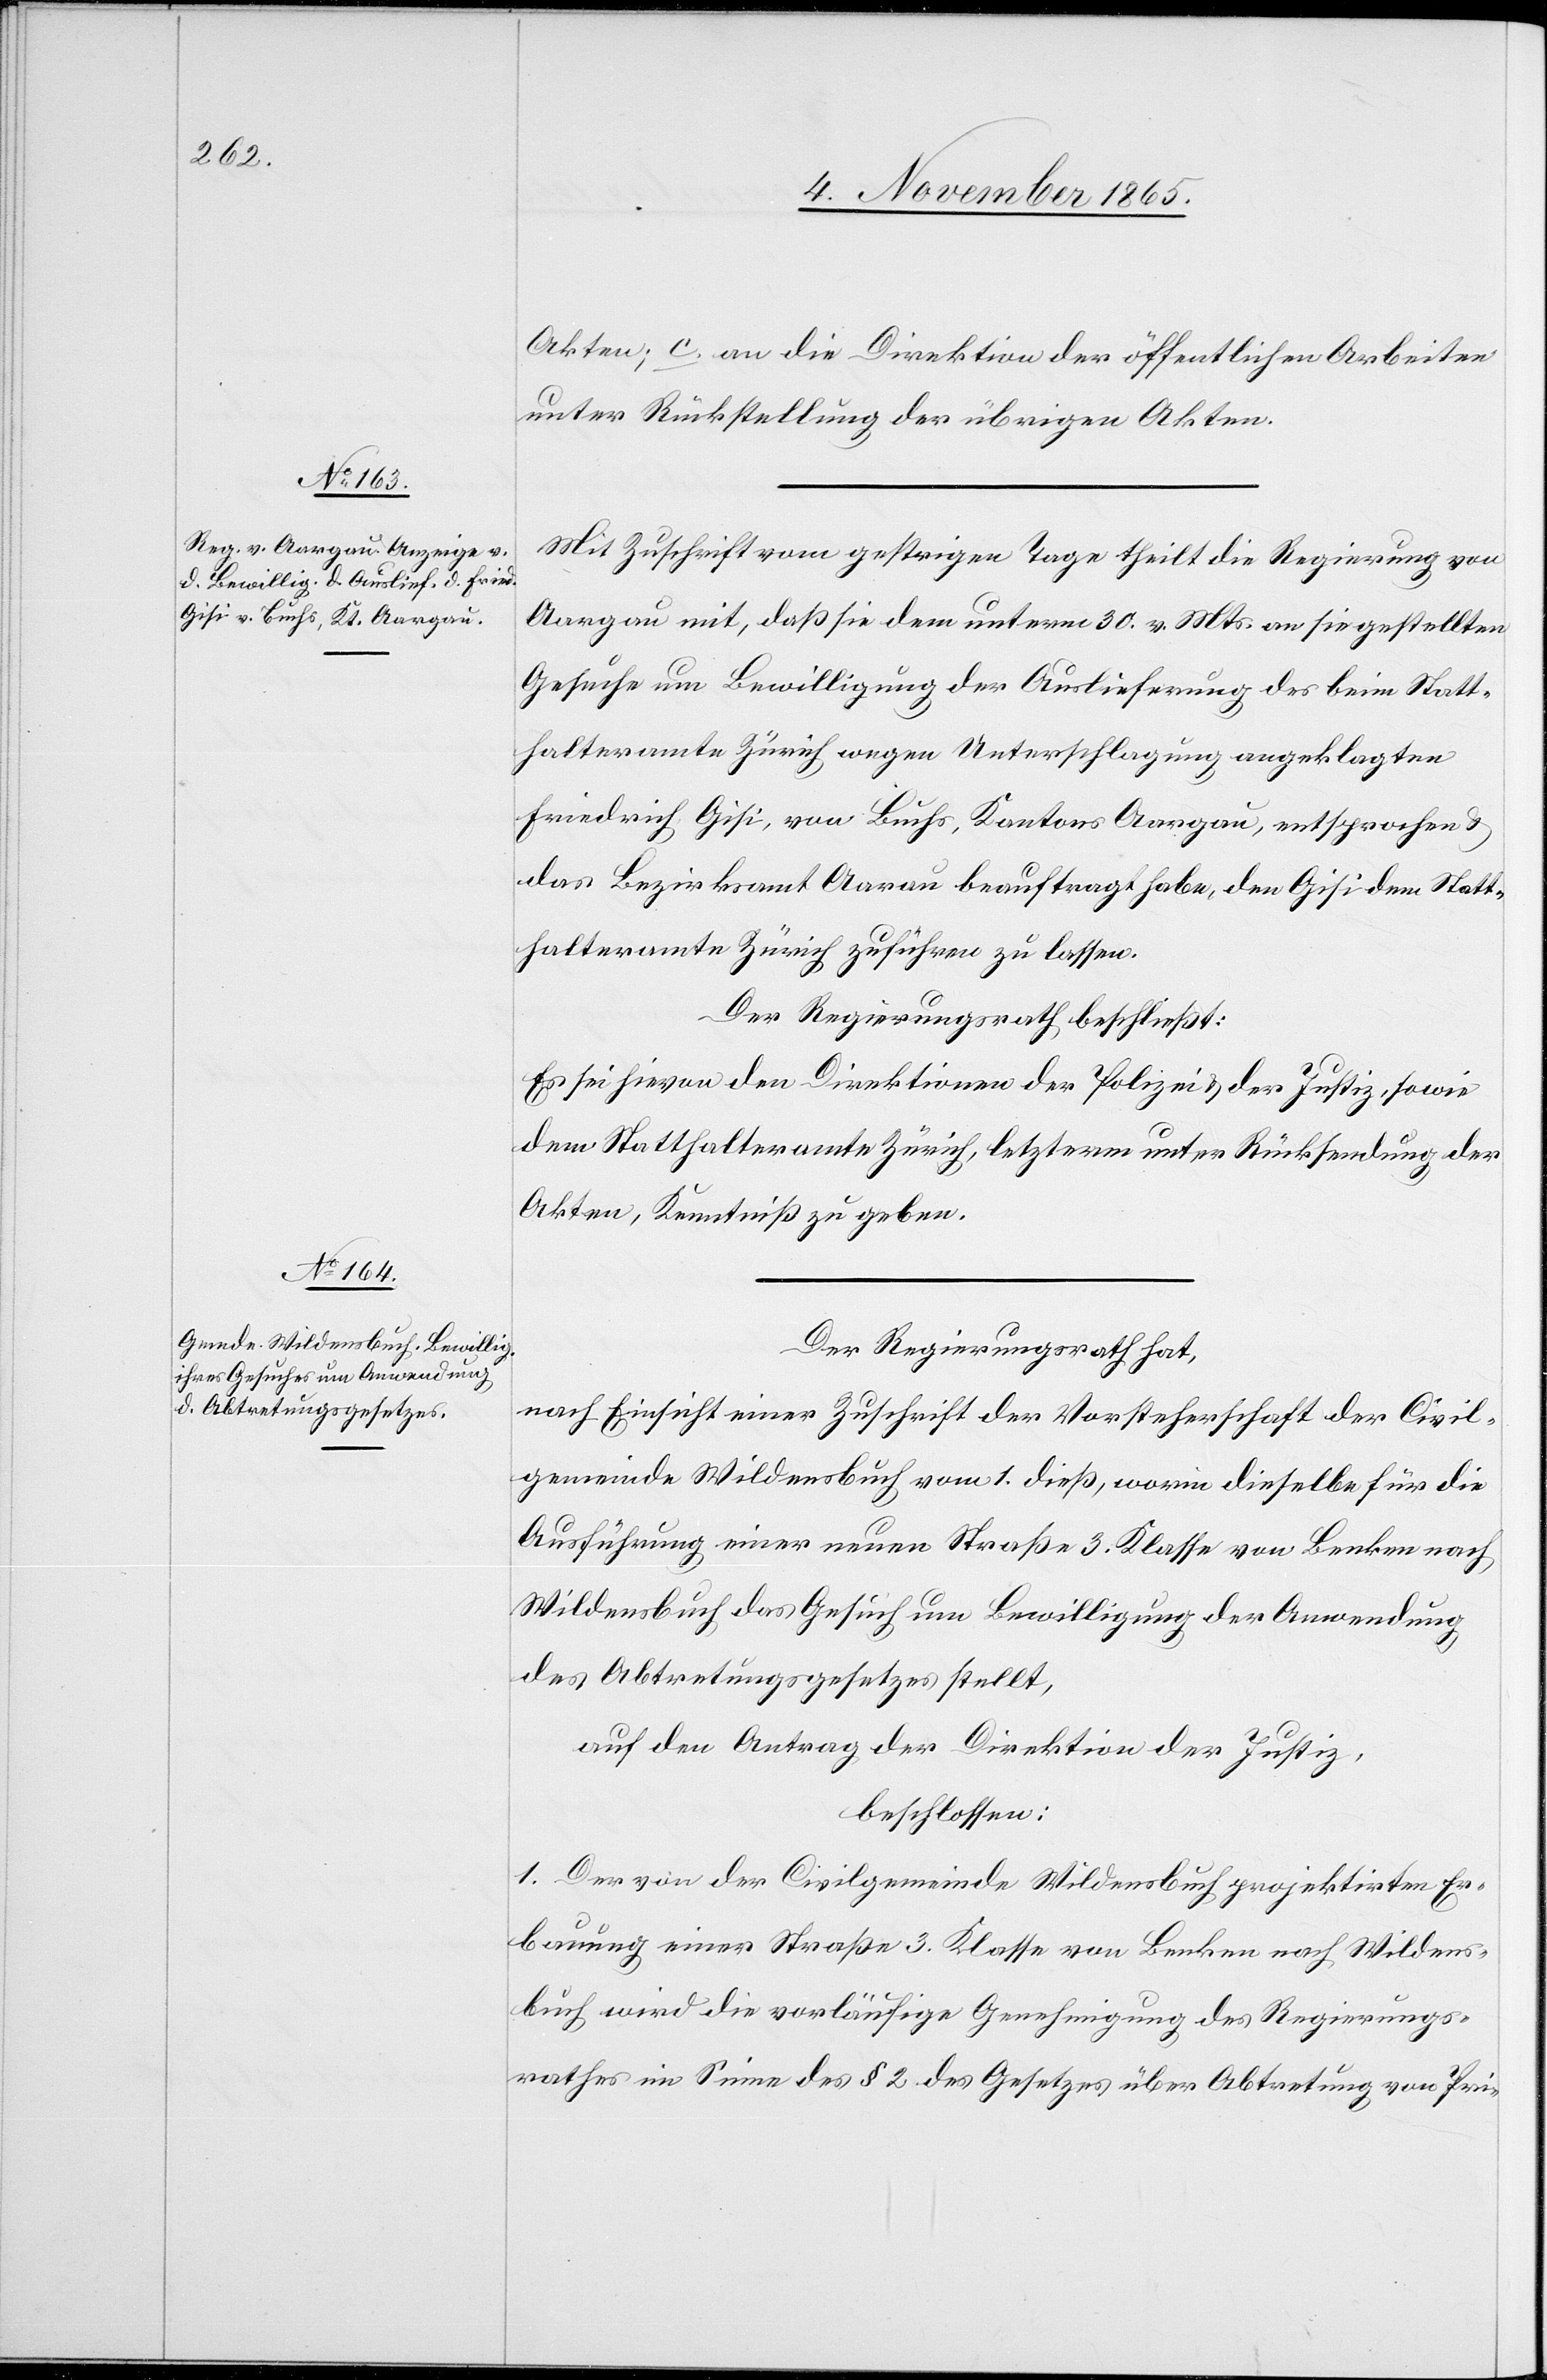
Akten; c. an die Direktion der öffentlichen Arbeiten
unter Rückstellung der übrigen Akten.
Mit Zuschrift vom gestrigen Tage theilt die Regierung von
Aargau mit, daß sie dem unterm 30. v. Mts. an sie gestellten
Gesuche um Bewilligung der Auslieferung des beim Statt¬
halteramte Zürich wegen Unterschlagung angeklagten
Friedrich Gisi, von Buchs, Kantons Aargau, entsprochen &
das Bezirksamt Aarau beauftragt habe, den Gisi dem Statt¬
halteramte Zürich zuführen zu lassen.
Der Regierungsrath beschließt:
Es sei hievon den Direktionen der Polizei & der Justiz, sowie
dem Statthalteramte Zürich, letzterm unter Rücksendung der
Akten, Kenntniß zu geben.
Der Regierungsrath hat,
nach Einsicht einer Zuschrift der Vorsteherschaft der Civil¬
gemeinde Wildensbuch vom 1. dieß, womit dieselbe für die
Ausführung einer neuen Straße 3. Klasse von Benken nach
Wildensbuch das Gesuch um Bewilligung der Anwendung
des Abtretungsgesetzes stellt,
auf den Antrag der Direktion der Justiz,
beschlossen:
1. Der von der Civilgemeinde Wildensbuch projektirten Er¬
bauung einer Straße 3. Klasse von Benken nach Wildens¬
buch wird die vorläufige Genehmigung des Regierungs¬
rathes im Sinne des § 2 des Gesetzes über Abtretung von Pri-